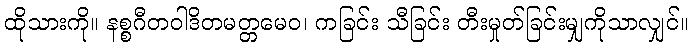
ထိုသားကို။ နစ္စဂီတဝါဒိတမတ္တမေဝ၊ ကခြင်း သီခြင်း တီးမှုတ်ခြင်းမျှကိုသာလျှင်။